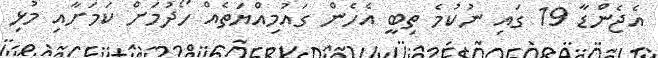
އެޖެންޑާ 19 ގައި ނުކުމެ ތިބީ އެހެން ގައުމިއްޔަތެއް ހޯދުމަށް ކަމަށާއި މުޅި